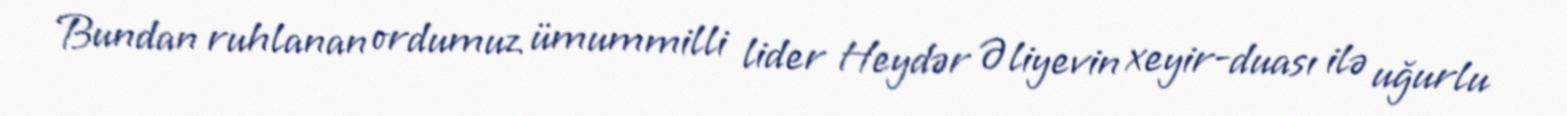
Bundan ruhlanan ordumuz ümummilli lider Heydər Əliyevin xeyir-duası ilə uğurlu